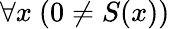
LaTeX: \forall x\ (0\neq S(x))